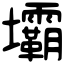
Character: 壩